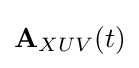
{\textbf {A}}_{XUV}(t)